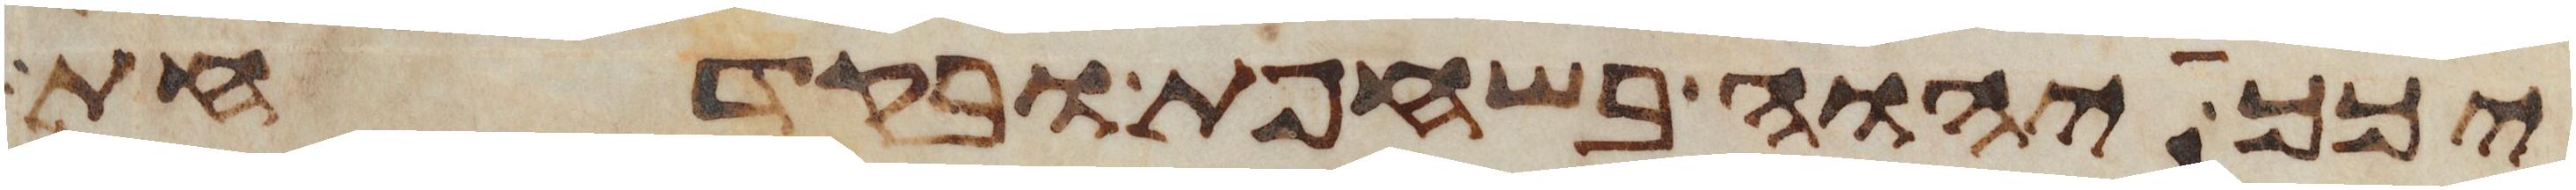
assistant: יכך יהוה בשחפת ובקדחת